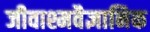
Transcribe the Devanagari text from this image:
जीवाश्मवैज्ञानिक